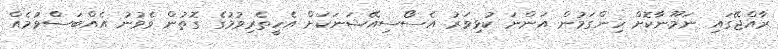
ރާއްޖޭގައި ނަމޫނާކޮށް ހިންގަމުން އަންނަ ކުޅިވަރު އެސޯސިއޭޝަނަކަށް އެހީތެރިވުމުގެ ގޮތުން ވެވުނު އެއްބަސްވުމެއް